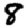
Digit: 8